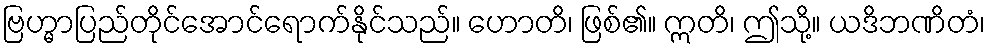
ဗြဟ္မာပြည်တိုင်အောင်ရောက်နိုင်သည်။ ဟောတိ၊ ဖြစ်၏။ ဣတိ၊ ဤသို့။ ယဒိဘဏိတံ၊